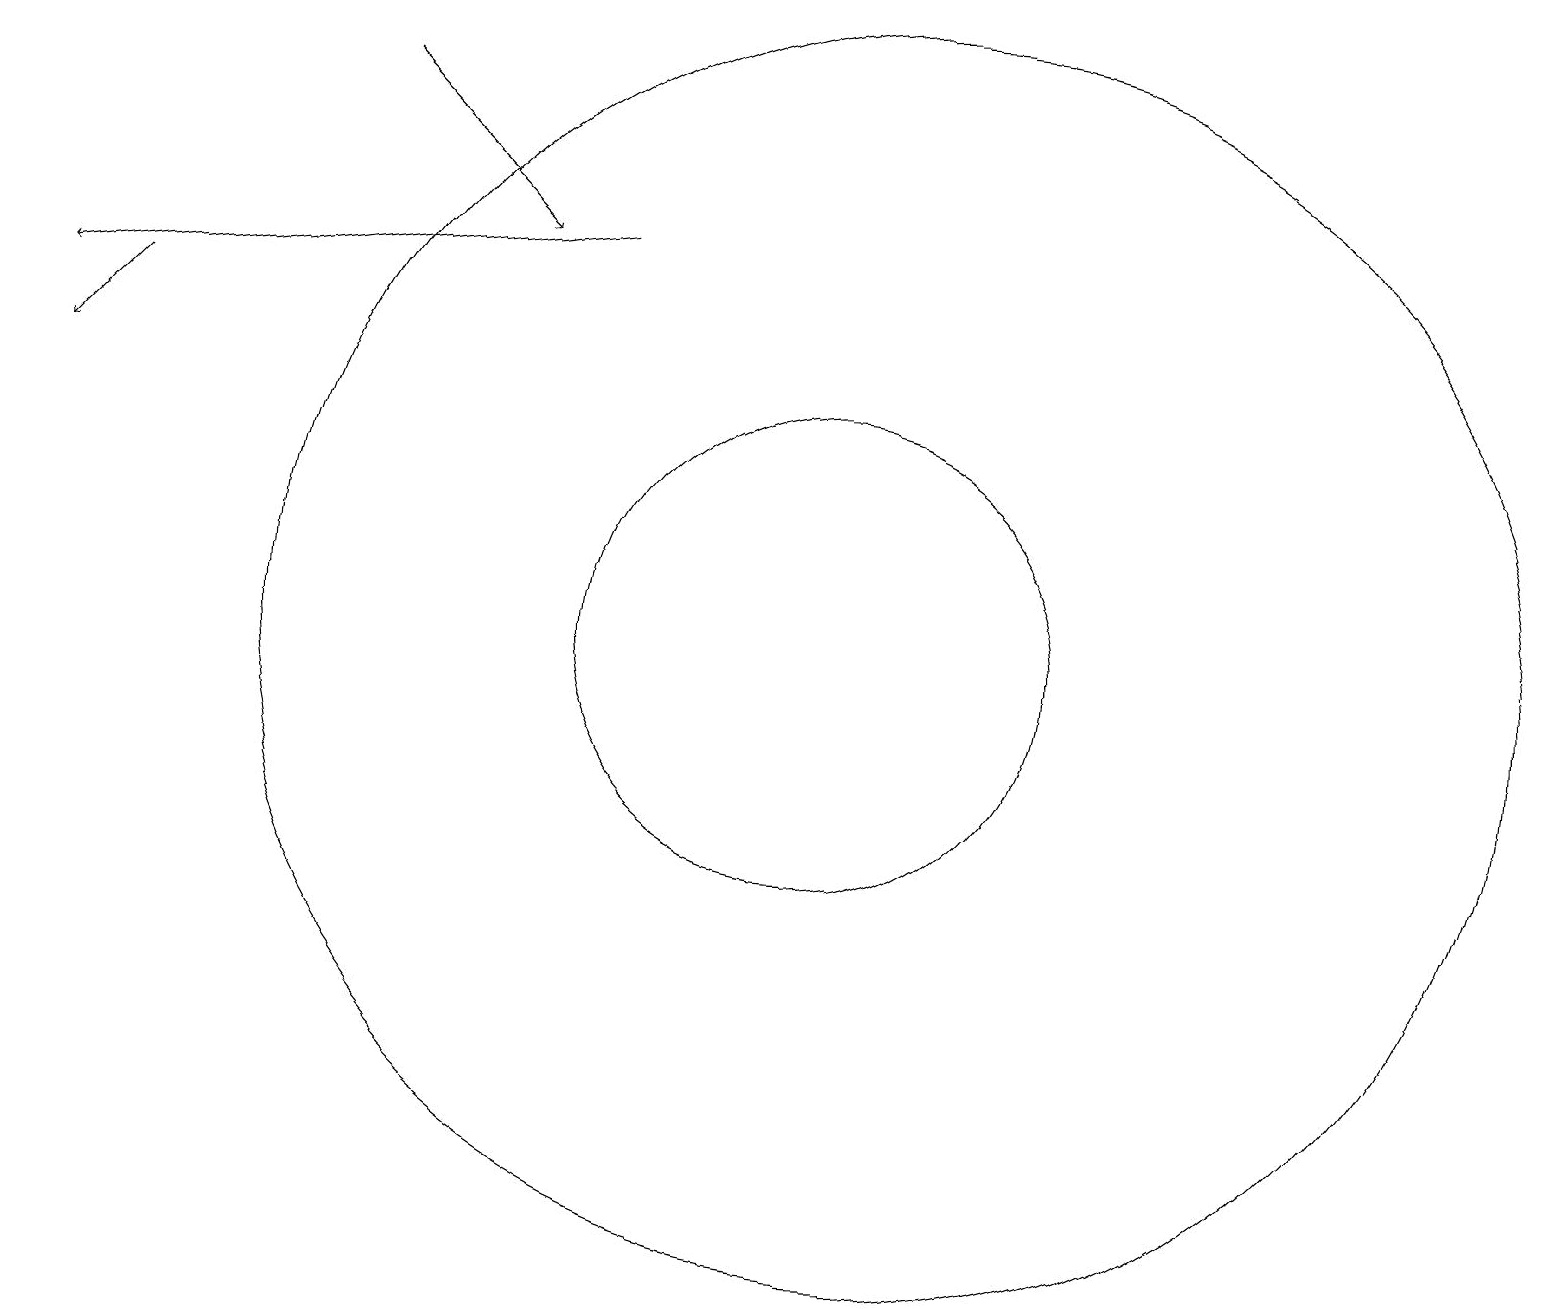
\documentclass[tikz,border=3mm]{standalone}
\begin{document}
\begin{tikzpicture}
\draw (12,11) circle (8);
\draw[->] (8,16) -- (1,15);
\draw[->] (2,15) -- (1,14);
\draw[->] (5,18) -- (7,16);
\draw (11,11) circle (3);
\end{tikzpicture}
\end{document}